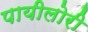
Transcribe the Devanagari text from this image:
पायीलोरी